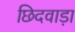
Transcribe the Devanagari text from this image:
छिदवाड़ा